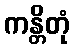
ကန္တိတုံ